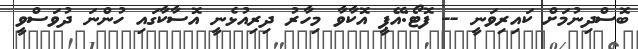
ބޮސްދިނުމަށް ކައިރިވަނީ -- ފޮޓޯ:އޭޕީ އޮކާވާ މިހާރު ދިރިއުޅެނީ އޮސާކާގައި ހުންނަ ދުވަސްވީ